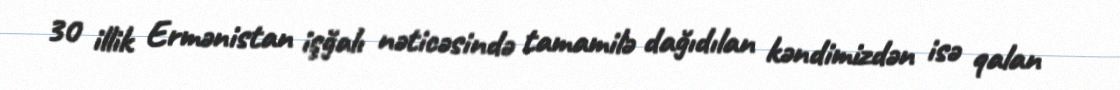
30 illik Ermənistan işğalı nəticəsində tamamilə dağıdılan kəndimizdən isə qalan